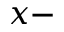
x -